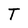
Character: T